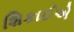
શિકાઈએ